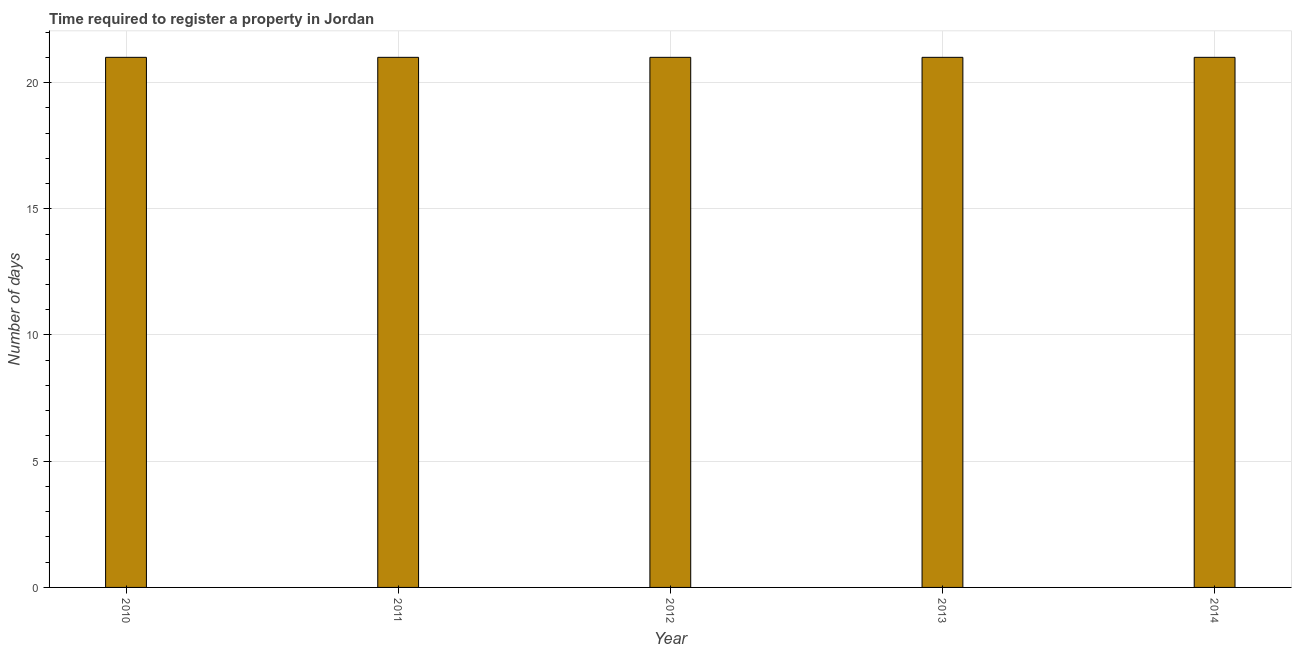
| Year | Register property |
 | --- | --- |
 | 2010 | 21 |
 | 2011 | 21 |
 | 2012 | 21 |
 | 2013 | 21 |
 | 2014 | 21 |